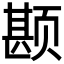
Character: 𲊾